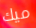
ميك